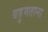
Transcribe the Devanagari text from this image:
बहुमताना